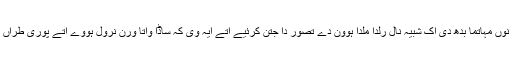
ساری دہاڑی تے اسی اپنے آپ نوں مہاتما بدھ دی اک شبیہ نال رلدا ملدا ہوون دے تصور دا جتن کرئیے اتے ایہ وی کہ ساڈا واتا ورن نرول ہووے اتے پوری طراں روحانی بھلے لئی ساواں ہووے۔